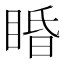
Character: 睧